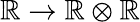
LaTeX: \mathbb{R}\rightarrow\mathbb{R}\otimes\mathbb{R}